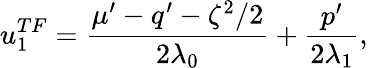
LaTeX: u_{1}^{TF}=\frac{\mu^{\prime}-q^{\prime}-\zeta^{2}/2}{2\lambda_{0}}+\frac{p^{\prime}}{2\lambda_{1}},